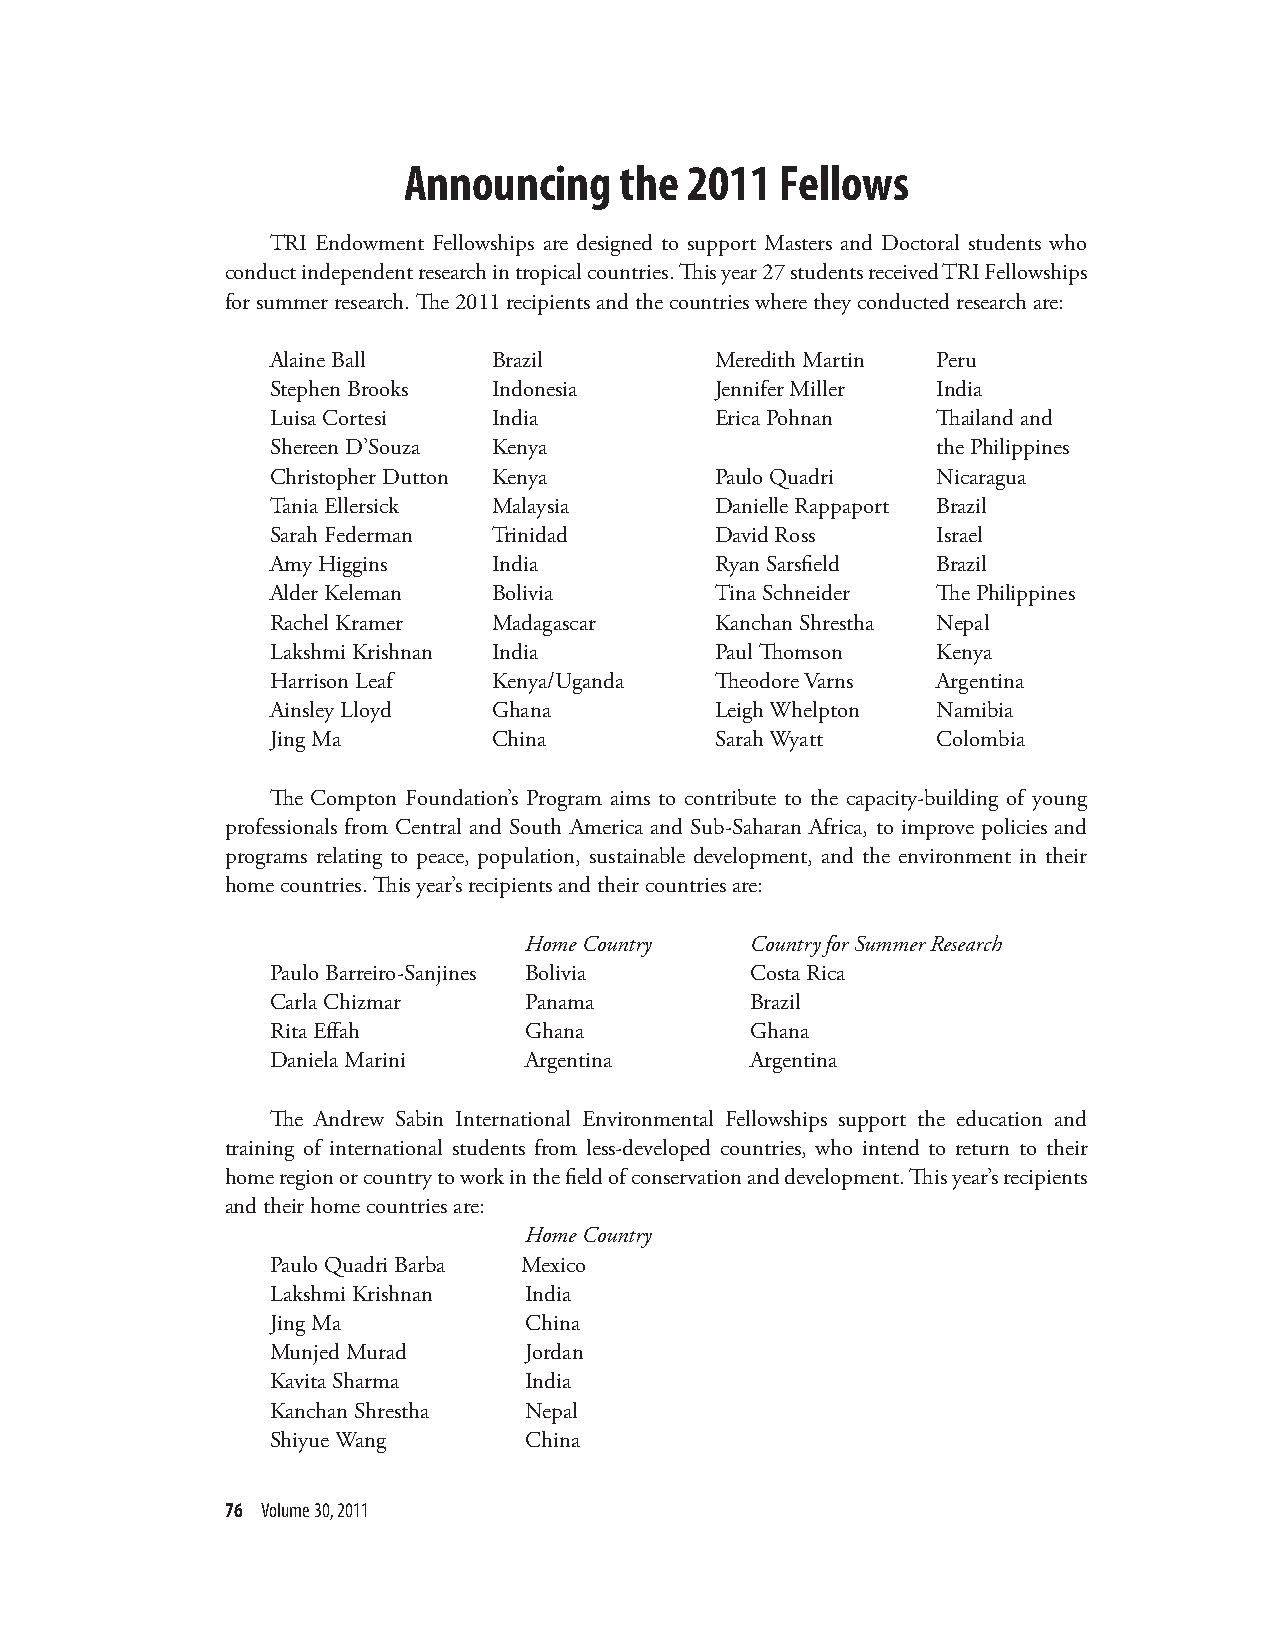
Announcing    the 2011   Fellows
 TRI Endowment Fellowships are designed to support Masters and Doctoral students who
 conduct independent research in tropical countries. This year 27 students received TRI Fellowships
 for summer research. The 2011 recipients and the countries where they conducted research are:
 Alaine Ball    Brazil        Meredith Martin Peru
 Stephen Brooks Indonesia     Jennifer Miller India
 Luisa Cortesi  India         Erica Pohnan   Thailand and
 Shereen D’Souza Kenya                       the Philippines
 Christopher Dutton Kenya     Paulo Quadri   Nicaragua
 Tania Ellersick Malaysia     Danielle Rappaport Brazil
 Sarah Federman Trinidad      David Ross     Israel
 Amy Higgins    India         Ryan Sarsfield Brazil
 Alder Keleman  Bolivia       Tina Schneider The Philippines
 Rachel Kramer  Madagascar    Kanchan Shrestha Nepal
 Lakshmi Krishnan India       Paul Thomson   Kenya
 Harrison Leaf  Kenya/Uganda  Theodore Varns Argentina
 Ainsley Lloyd  Ghana         Leigh Whelpton Namibia
 Jing Ma        China         Sarah Wyatt    Colombia
 The Compton Foundation’s Program aims to contribute to the capacity-building of young
 professionals from Central and South America and Sub-Saharan Africa, to improve policies and
 programs relating to peace, population, sustainable development, and the environment in their
 home countries. This year’s recipients and their countries are:
 Home Country   Country for Summer Research
 Paulo Barreiro-Sanjines Bolivia Costa Rica
 Carla Chizmar    Panama         Brazil
 Rita Effah       Ghana          Ghana
 Daniela Marini   Argentina      Argentina
 The Andrew Sabin International Environmental Fellowships support the education and
 training of international students from less-developed countries, who intend to return to their
 home region or country to work in the field of conservation and development. This year’s recipients
 and their home countries are:
 Home Country
 Paulo Quadri Barba Mexico
 Lakshmi Krishnan India
 Jing Ma          China
 Munjed Murad     Jordan
 Kavita Sharma    India
 Kanchan Shrestha Nepal
 Shiyue Wang      China
 76 Volume 30, 2011